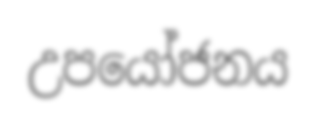
උපයෝජනය